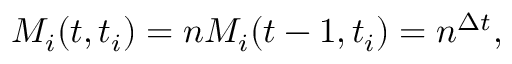
M _ { i } ( t , t _ { i } ) = n M _ { i } ( t - 1 , t _ { i } ) = n ^ { \Delta t } ,